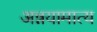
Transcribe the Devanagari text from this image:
अन्नयामात्य